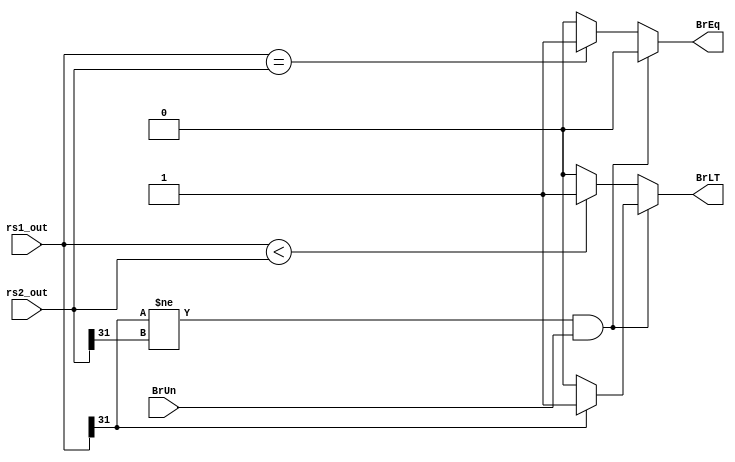
module BranchComp (rs1_out, rs2_out, BrUn, BrEq, BrLT);
input [31:0] rs1_out, rs2_out;
input BrUn;
output reg BrEq, BrLT;
always @(BrUn or rs1_out or rs2_out)
begin	
		       if((rs1_out[31]!=rs2_out[31]) && (BrUn==1'b1) )
				 begin
				           BrEq <= 1'b0;
				           if(rs1_out[31]==1) BrLT <= 1'b1;
					       else BrLT <= 1'b0;
				 end
		       else
                 begin 
		                   if(rs1_out==rs2_out) BrEq <= 1'b1;
		                   else BrEq <= 1'b0; 
		                   if(rs1_out<rs2_out) BrLT <= 1'b1;
		                   else BrLT <= 1'b0;
                 end
end
	endmodule